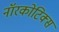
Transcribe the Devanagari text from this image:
नॉरकोटिक्स